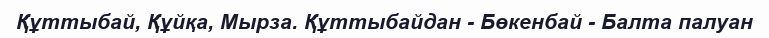
Құттыбай, Құйқа, Мырза. Құттыбайдан - Бөкенбай - Балта палуан